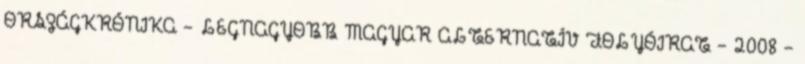
ORSZÁGKRÓNIKA - LEGNAGYOBB MAGYAR ALTERNATÍV FOLYÓIRAT - 2008 -